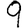
Digit: 9